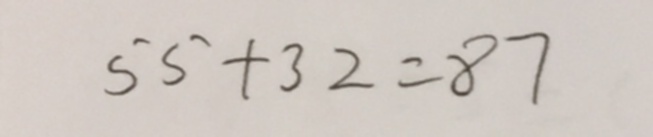
5 5 + 3 2 = 8 7